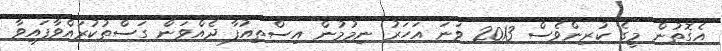
އެގޮތުން މީގެ ކުރިންވެސް 2013 ވަނަ އަހަރު ނިމުމުން އިސްތިއުފާ ދެއްވަން ގަސްތުކުރައްވާފައިވާ